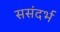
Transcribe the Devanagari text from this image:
ससंदर्भ